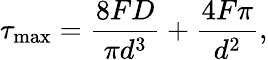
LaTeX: \tau_{\mathrm{max}}=\frac{8FD}{\pi d^{3}}+\frac{4F\pi}{d^{2}},